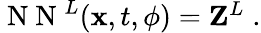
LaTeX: \begin{array}{r}{\mathrm{~N~N~}^{L}({\mathbf x},t,{\mathbf\phi})={\mathbf Z}^{L}\; .}\end{array}